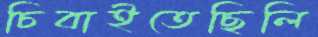
চিবাইতেছিলি